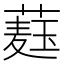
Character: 𦼆